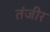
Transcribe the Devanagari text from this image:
तंजीर